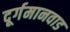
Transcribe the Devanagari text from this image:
दूर्गमानवाड